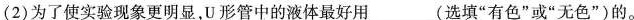
(2)为了使实验现象更明显，U形管中的液体最好用____(选填”有色”或”无色”)的。